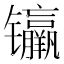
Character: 𰿊